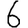
Digit: 6